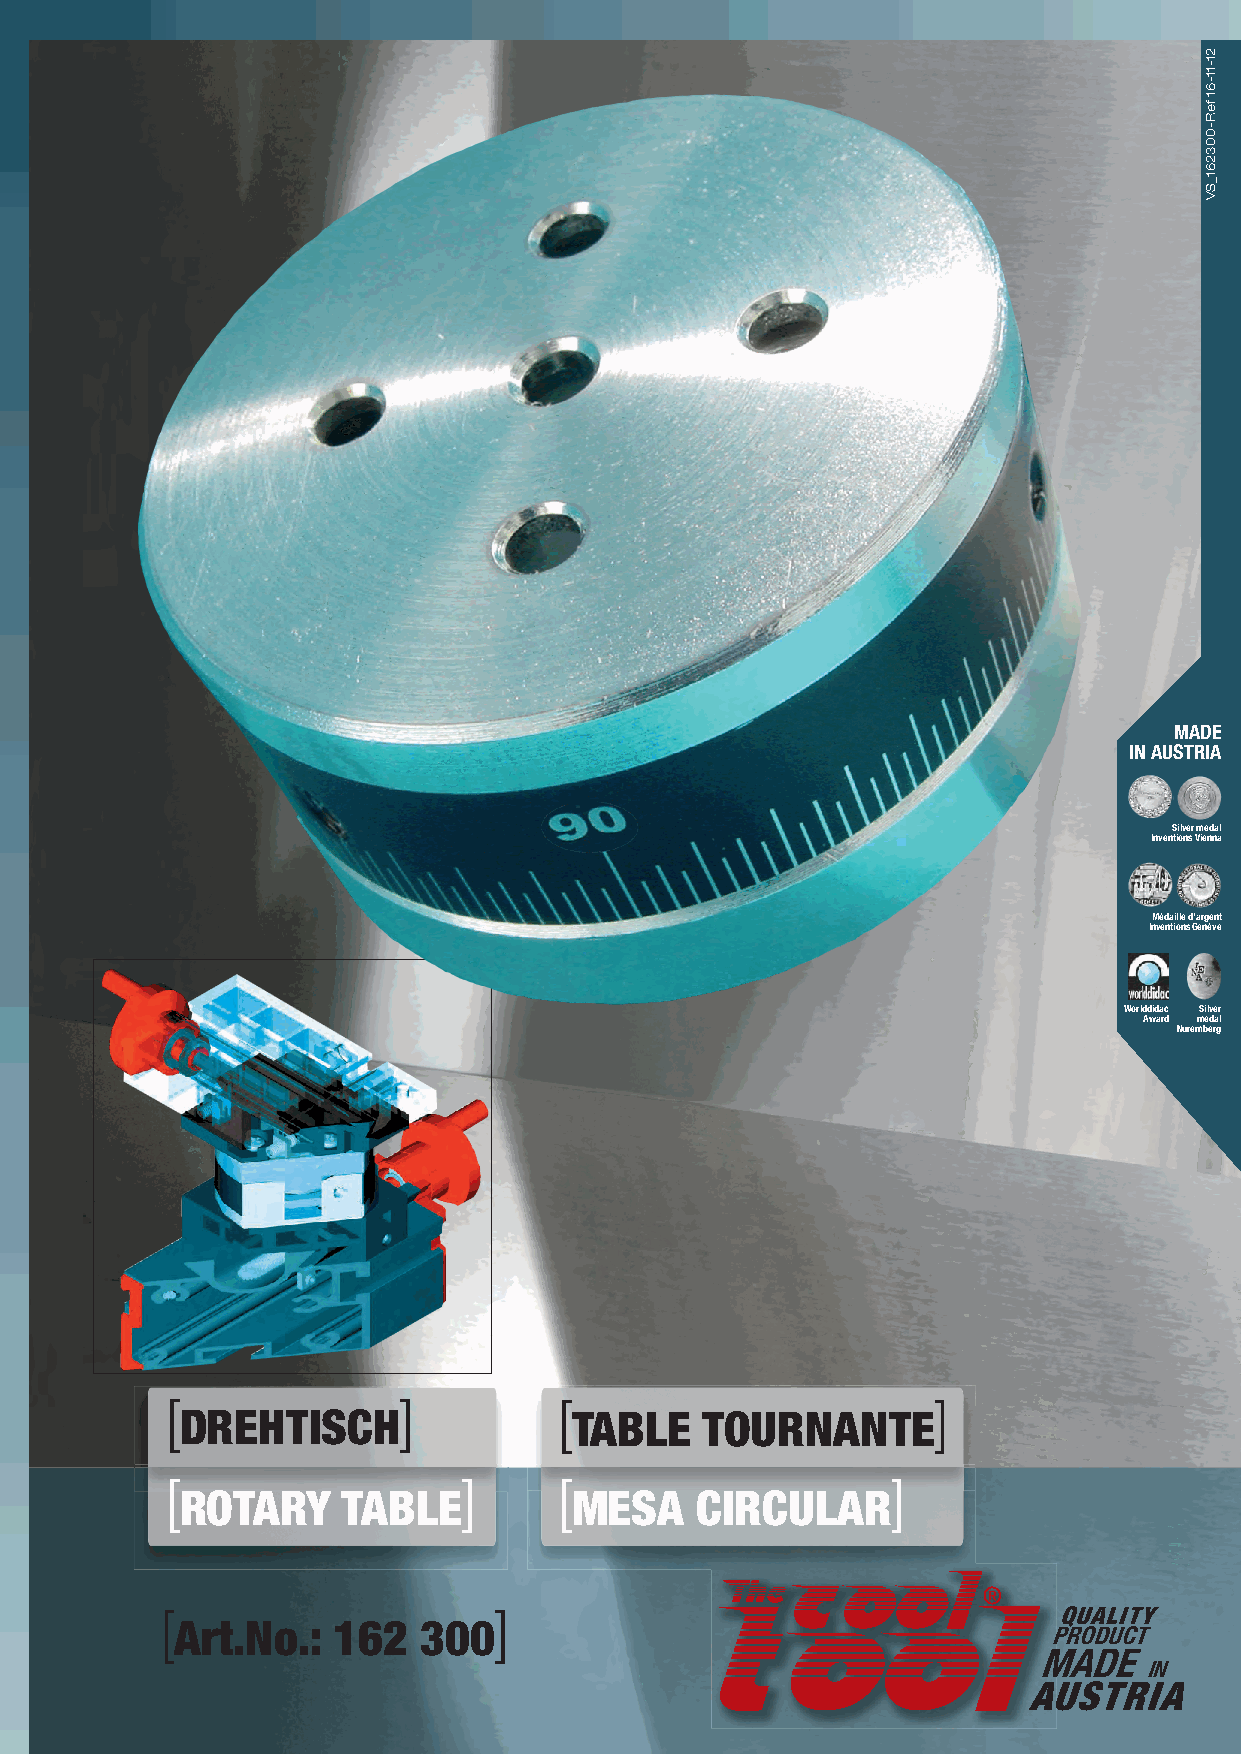
MADE
 IN AUSTRIA
 Silver medal
 Inventions Vienna
 Médaille d‘argent
 Inventions Genève
 Worlddidac Silver
 Award medal
 Nuremberg
 [              ]          [                        ]
 DREHTISCH                 TABLE   TOURNANTE
 [                   ]     [                     ]
 ROTARY     TABLE          MESA    CIRCULAR
 [                     ]                                    QUALITY
 Art.No.:  162   300
 PRODUCT
 MADE
 IN
 AUSTRIA
 21-11-61
 feR-003261_SV